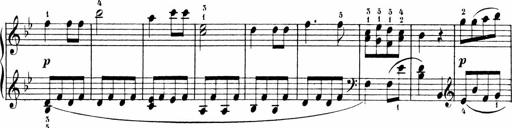
Title: 6 Liedersonatinen
Composer: Carl Reinecke